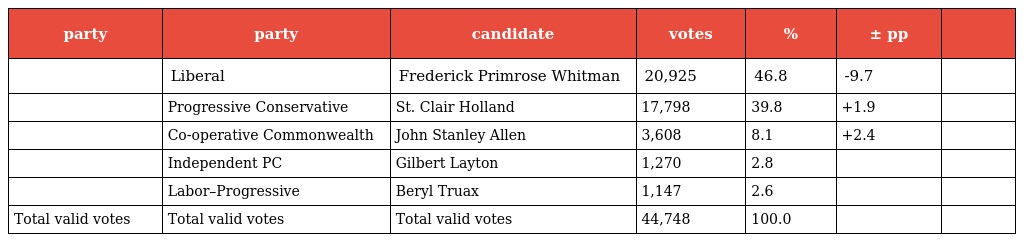
| party | party | candidate | votes | % | ± pp |  |
 | --- | --- | --- | --- | --- | --- | --- |
 |  | Liberal | Frederick Primrose Whitman | 20,925 | 46.8 | -9.7 |  |
 |  | Progressive Conservative | St. Clair Holland | 17,798 | 39.8 | +1.9 |  |
 |  | Co-operative Commonwealth | John Stanley Allen | 3,608 | 8.1 | +2.4 |  |
 |  | Independent PC | Gilbert Layton | 1,270 | 2.8 |  |  |
 |  | Labor–Progressive | Beryl Truax | 1,147 | 2.6 |  |  |
 | Total valid votes | Total valid votes | Total valid votes | 44,748 | 100.0 |  |  |